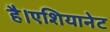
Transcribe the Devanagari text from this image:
है।एशियानेट